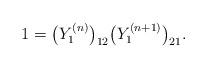
LaTeX: \begin{align*}1 = \big(Y^{(n)}_1\big)_{12}\big(Y^{(n+1)}_1\big)_{21}.\end{align*}